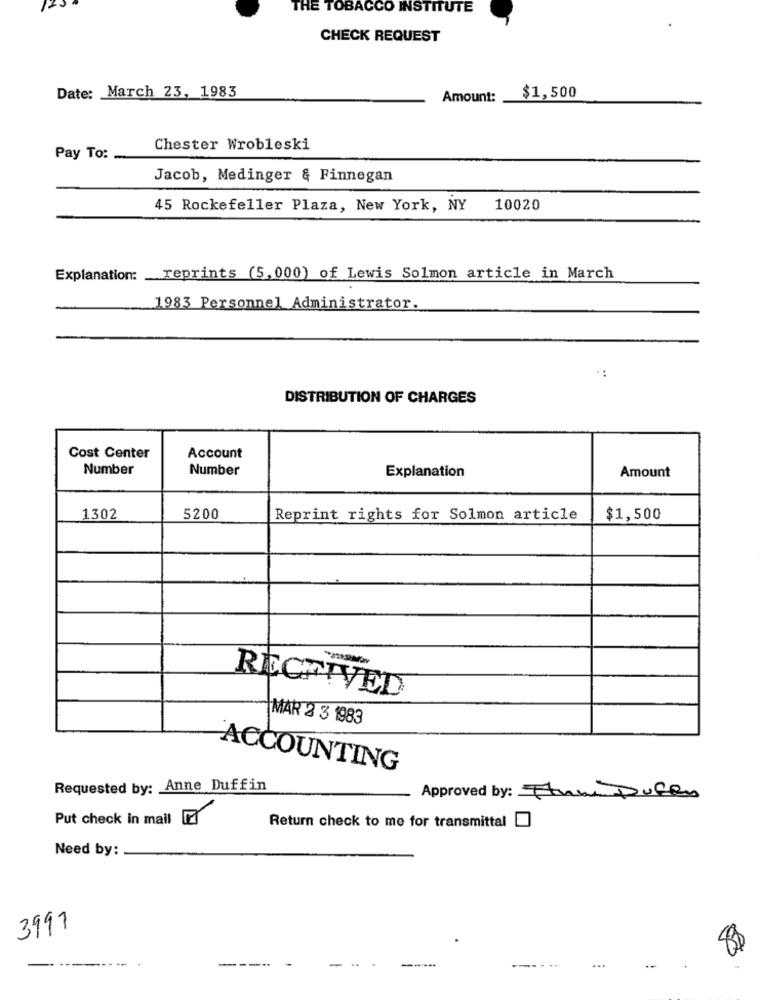
THE TOBACCO INSTITUTE
CHECK REQUEST
Date: March 23, 1983
Amount:
$1,500
Chester Wrobleski
Pay To:
Jacob, Medinger & Finnegan
45 Rockefeller Plaza, New York, NY
10020
Explanation: reprints (5,000) of Lewis Solmon article in March
1983 Personnel Administrator.
DISTRIBUTION OF CHARGES
Cost Center
Account
Number
Number
Explanation
Amount
1302
5200
Reprint rights for Solmon article
$1,500
RECEIVED
MAR 2 3 1983
ACCOUNTING
Requested by: Anne Duffin
Approved by: Thun Puffen
Put check in mail ET
Return check to me for transmittal [
Need by:
3997
...
---
----